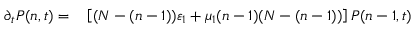
\begin{array} { r l } { \partial _ { t } P ( n , t ) = } & { { } \left[ ( N - ( n - 1 ) ) \varepsilon _ { 1 } + \mu _ { 1 } ( n - 1 ) ( N - ( n - 1 ) ) \right] P ( n - 1 , t ) } \end{array}